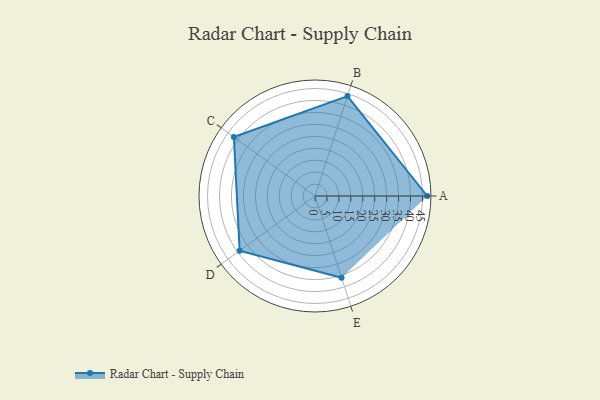
{"axis": {"x": "Skill", "y": "Score"}, "legend": ["Profile"], "data": [{"x": "A", "y": 47.0, "type": "Profile"}, {"x": "B", "y": 44.0, "type": "Profile"}, {"x": "C", "y": 42.0, "type": "Profile"}, {"x": "D", "y": 39.0, "type": "Profile"}, {"x": "E", "y": 36.0, "type": "Profile"}]}